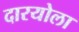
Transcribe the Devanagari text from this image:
दारयोला